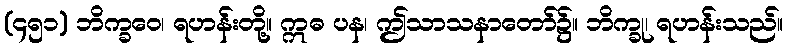
(၄၅၁) ဘိက္ခဝေ၊ ရဟန်းတို့။ ဣဓ ပန၊ ဤသာသနာတော်၌။ ဘိက္ခု၊ ရဟန်းသည်။